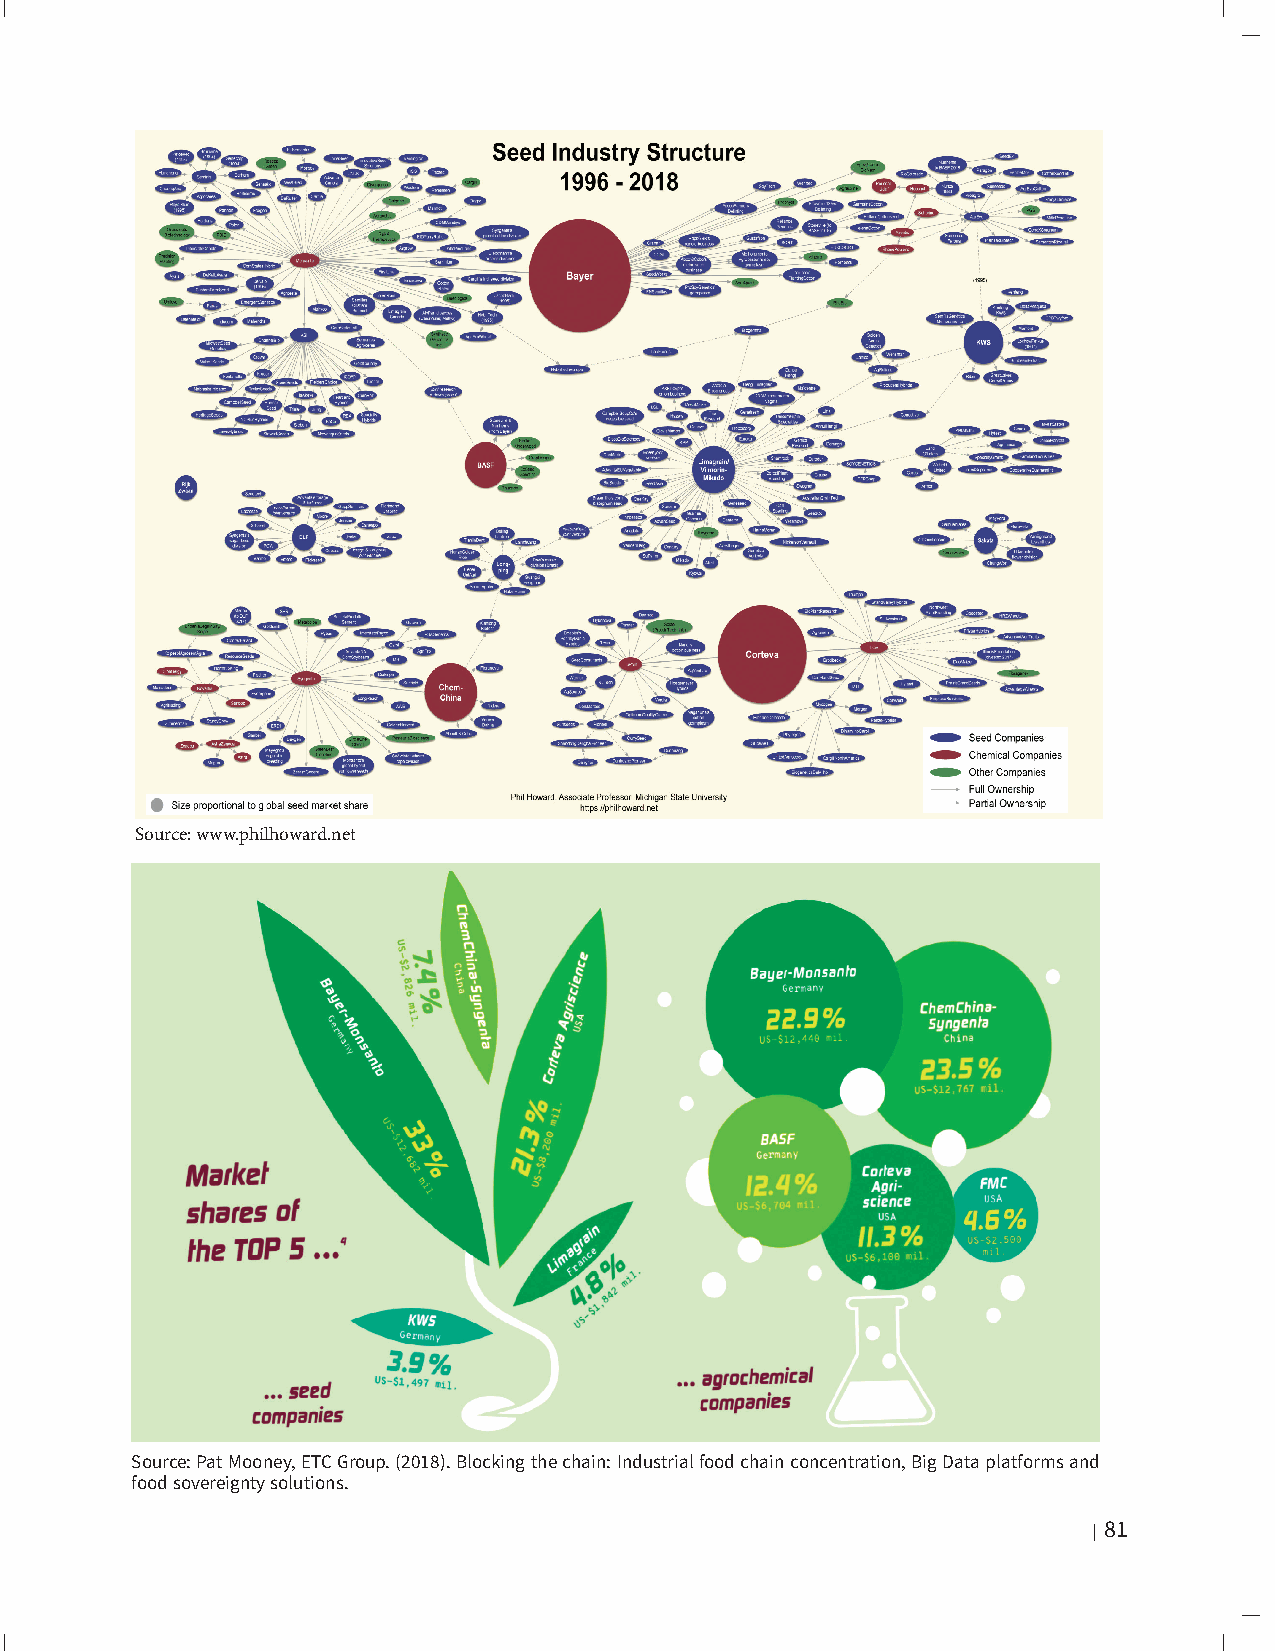
Source: www.philhoward.net
 Source: Pat Mooney, ETC Group. (2018). Blocking the chain: Industrial food chain concentration, Big Data platforms and
 food sovereignty solutions.
 Part 2: False Narratives, Failed Technologies | 81